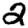
Digit: 2